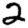
Digit: 2